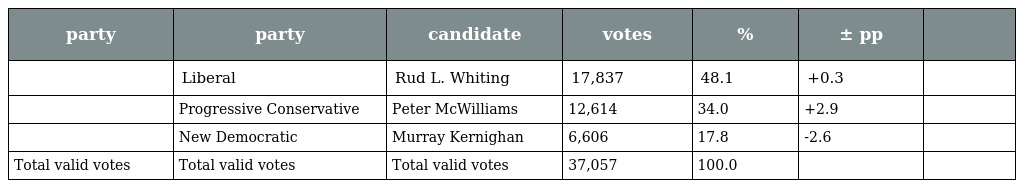
| party | party | candidate | votes | % | ± pp |  |
 | --- | --- | --- | --- | --- | --- | --- |
 |  | Liberal | Rud L. Whiting | 17,837 | 48.1 | +0.3 |  |
 |  | Progressive Conservative | Peter McWilliams | 12,614 | 34.0 | +2.9 |  |
 |  | New Democratic | Murray Kernighan | 6,606 | 17.8 | -2.6 |  |
 | Total valid votes | Total valid votes | Total valid votes | 37,057 | 100.0 |  |  |